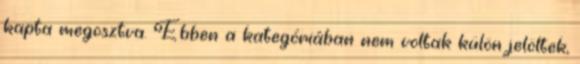
kapta megosztva. Ebben a kategóriában nem voltak külön jelöltek,